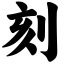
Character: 刻